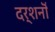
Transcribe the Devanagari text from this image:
दर्शनॊं